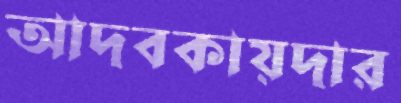
আদবকায়দার